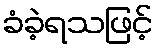
ခံခဲ့ရသဖြင့်